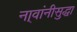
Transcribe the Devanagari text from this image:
ना्वांनीसुद्धा